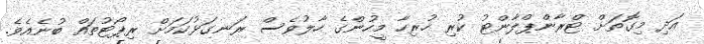
އަދި މިގޮތަށް ޓްރާންޕްލާންޓު ކުރި ހުރިހާ މީހުންގެ ހާލުވެސް ރަނގަޅުކަމަށް ރިޕޯޓުތައް ބުނެއެވެ.